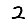
Digit: 2